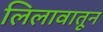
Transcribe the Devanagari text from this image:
लिलावातून